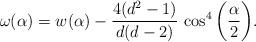
LaTeX: \begin{align*}\omega(\alpha) = w(\alpha) - \frac {4(d^2-1)}{d(d-2)} \, \cos^4\bigg(\frac {\alpha} {2} \bigg).\end{align*}